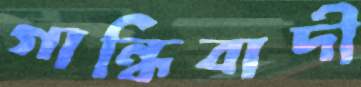
গান্ধিবাদী